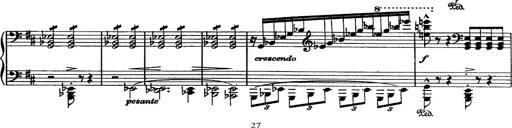
Title: Piano Sonata
Composer: Karl HÃ¤ssler
Key: C major